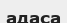
адаса